Annual report on the Civil Veterinary Department, Burma (including the Insein Veterinary School) - 1923-1931
Year: 1923
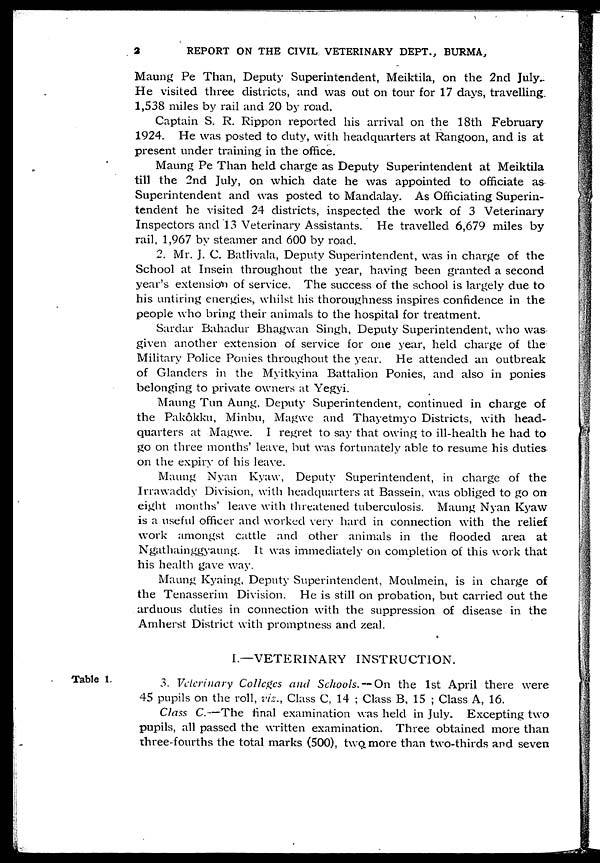
2
REPORT ON THE CIVIL VETERINARY DEPT., BURMA,
Mating Pe Than, Deputy Superintendent, Meiktila, on the 2nd July.
He visited three districts, and was out on tour for 17 days, travelling.
1,538 miles by rail and 20 by road.
Captain S. R. Rippon reported his arrival on the 18th February
1924. He was posted to duty, with headquarters at Rangoon, and is at
present under training in the office.
Maung Pe Than held charge as Deputy Superintendent at Meiktila
till the 2nd July, on which date he was appointed to officiate as
Superintendent and was posted to Mandalay. As Officiating Superin-
tendent he visited 24 districts, inspected the work of 3 Veterinary
Inspectors and 13 Veterinary Assistants. He travelled 6,679 miles by
rail, 1,967 by steamer and 600 by road.
2. Mr. J. C. Batlivala, Deputy Superintendent, was in charge of the
School at Insein throughout the year, having been granted a second
year's extension of service. The success of the school is largely due to
his untiring energies, whilst his thoroughness inspires confidence in the
people who bring their animals to the hospital for treatment.
Sardar Bahadur Bhagwan Singh, Deputy Superintendent, who was
given another extension of service for one year, held charge of the
Military Police Ponies throughout the year. He attended an outbreak
of Glanders in the Myitkyina Battalion Ponies, and also in ponies
belonging to private owners at Yegyi.
Maung Tun Aung, Deputy Superintendent, continued in charge of
the Pakôkku, Minbu, Magwe and Thayetmyo Districts, with head-
quarters at Magwe. I regret to say that owing to ill-health he had to
go on three months' leave, but was fortunately able to resume his duties
on the expiry of his leave.
Maung Nyan Kyaw, Deputy Superintendent, in charge of the
Irrawaddy Division, with headquarters at Bassein, was obliged to go on
eight months' leave with threatened tuberculosis. Maung Nyan Kyaw
is a useful officer and worked very hard in connection with the relief
work amongst cattle and other animals in the flooded area at
Ngathainggyaung. It was immediately on completion of this work that
his health gave way.
Maung Kyaing, Deputy Superintendent, Moulmein, is in charge of
the Tenasserim Division. He is still on probation, but carried out the
arduous duties in connection with the suppression of disease in the
Amherst District with promptness and zeal.
I.—VETERINARY INSTRUCTION.
Table 1.
3. Veterinary Colleges and Schools, — On the 1st April there were
45 pupils on the roll, viz., Class C, 14 ; Class B, 15 ; Class A, 16.
Class C.—The final examination was held in July. Excepting two
pupils, all passed the written examination. Three obtained more than
three-fourths the total marks (500), two more than two-thirds and seven